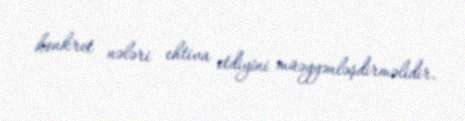
konkret nələri ehtiva etdiyini müəyyənləşdirməlidir.